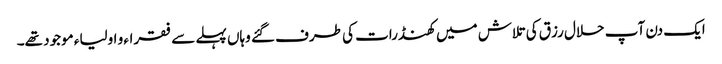
ایک دن آپ حلال رزق کی تلاش میں کھنڈرات کی طرف گئے وہاں پہلے سے فقراء و اولیاء موجود تھے۔